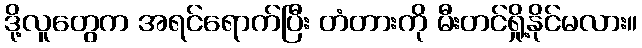
ဒို့လူတွေက အရင်ရောက်ပြီး တံတားကို မီးတင်ရှို့နိုင်မလား။